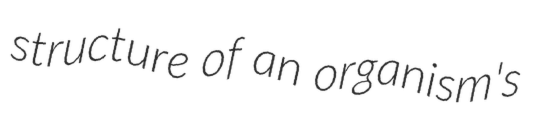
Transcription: structure of an organism's